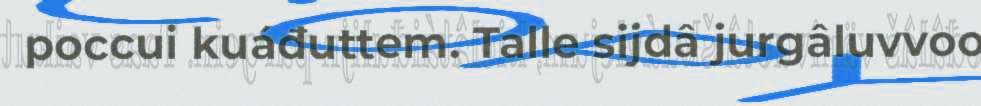
poccui kuáđuttem. Talle sijdâ jurgâluvvoo